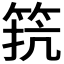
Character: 𮅑